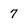
Character: 7